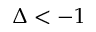
\Delta < - 1